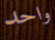
واحد